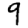
Digit: 9